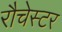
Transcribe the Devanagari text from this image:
रौचेस्टर